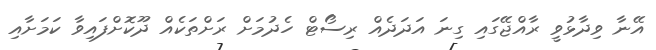
އޭނާ ވިދާޅުވީ ރާއްޖޭގައި ގިނަ އަދަދެއް ރިސޯޓް ހެދުމަށް ރަށްތަކެއް ދޫކޮށްފައިވާ ކަމަށާއި